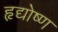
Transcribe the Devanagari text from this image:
हृद्योष्ण